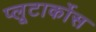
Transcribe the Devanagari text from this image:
प्लूटार्कोस